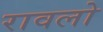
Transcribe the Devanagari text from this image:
रावलो